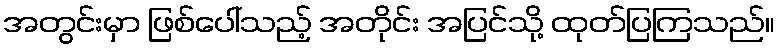
အတွင်းမှာ ဖြစ်ပေါ်သည့် အတိုင်း အပြင်သို့ ထုတ်ပြကြသည်။